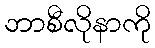
ဘာစီလိုနာကို